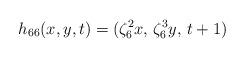
LaTeX: \begin{align*} h_{66}(x,y,t)=(\zeta_{6}^2x,\,\zeta_{6}^3y,\,t+1) \end{align*}